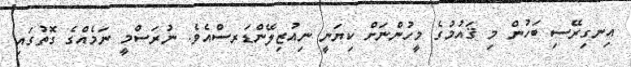
އިނގިރޭސި ބަހުން މި ޤައުމުގެ މީހުންނަށް ކިޔަނީ ނިއުޒިލޭންޑަރސްއެވެ. ނުރަސްމީ ނަމެއްގެ ގޮތުގައި